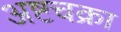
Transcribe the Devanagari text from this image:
अष्टचक्रा